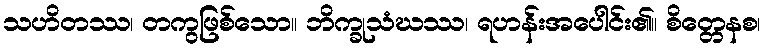
သဟိတဿ၊ တကွဖြစ်သော။ ဘိက္ခုသံဃဿ၊ ရဟန်းအပေါင်း၏။ စိတ္တေနစ၊